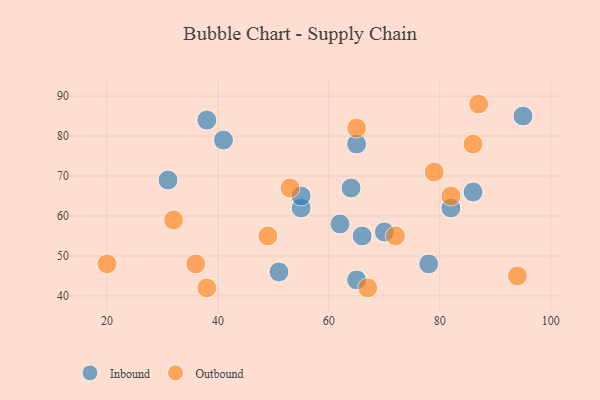
{"axis": {"x": "GDP", "y": "Life Expectancy"}, "legend": ["Inbound", "Outbound"], "data": [{"x": "95", "y": 85, "type": "Inbound"}, {"x": "66", "y": 55, "type": "Inbound"}, {"x": "62", "y": 58, "type": "Inbound"}, {"x": "55", "y": 62, "type": "Inbound"}, {"x": "78", "y": 48, "type": "Inbound"}, {"x": "31", "y": 69, "type": "Inbound"}, {"x": "41", "y": 79, "type": "Inbound"}, {"x": "65", "y": 78, "type": "Inbound"}, {"x": "51", "y": 46, "type": "Inbound"}, {"x": "82", "y": 62, "type": "Inbound"}, {"x": "86", "y": 66, "type": "Inbound"}, {"x": "38", "y": 84, "type": "Inbound"}, {"x": "64", "y": 67, "type": "Inbound"}, {"x": "65", "y": 44, "type": "Inbound"}, {"x": "70", "y": 56, "type": "Inbound"}, {"x": "55", "y": 65, "type": "Inbound"}, {"x": "87", "y": 88, "type": "Outbound"}, {"x": "20", "y": 48, "type": "Outbound"}, {"x": "72", "y": 55, "type": "Outbound"}, {"x": "38", "y": 42, "type": "Outbound"}, {"x": "79", "y": 71, "type": "Outbound"}, {"x": "53", "y": 67, "type": "Outbound"}, {"x": "49", "y": 55, "type": "Outbound"}, {"x": "32", "y": 59, "type": "Outbound"}, {"x": "94", "y": 45, "type": "Outbound"}, {"x": "36", "y": 48, "type": "Outbound"}, {"x": "86", "y": 78, "type": "Outbound"}, {"x": "67", "y": 42, "type": "Outbound"}, {"x": "65", "y": 82, "type": "Outbound"}, {"x": "82", "y": 65, "type": "Outbound"}]}